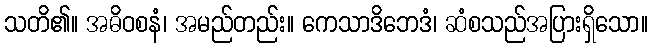
သတိ၏။ အဓိဝစနံ၊ အမည်တည်း။ ကေသာဒိဘေဒံ၊ ဆံစသည်အပြားရှိသော။